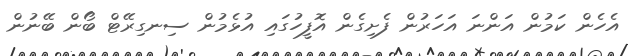
އެހެން ކަމުން އަންނަ އަހަރުން ފެށިގެން އޮފީހުގައި އުޅެމުން ސިނގިރޭޓް ބޯން ބޭނުން